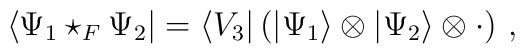
\langle \Psi_1 \star_F \Psi_2 | =\langle V_3 |\left( | \Psi_1 \rangle \otimes | \Psi_2 \rangle\otimes  \cdot \right)\,,